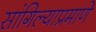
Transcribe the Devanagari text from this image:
सांगिल्याप्रमाणे